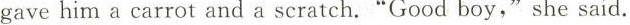
gave him a carrot and a scratch. "Good boy,"she said.